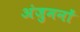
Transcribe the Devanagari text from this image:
अंजुमनों